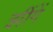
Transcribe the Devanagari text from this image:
झींगें